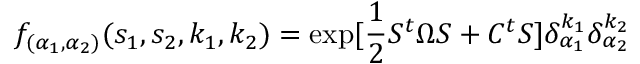
f _ { ( \alpha _ { 1 } , \alpha _ { 2 } ) } ( s _ { 1 } , s _ { 2 } , k _ { 1 } , k _ { 2 } ) = \exp [ \frac { 1 } { 2 } S ^ { t } \Omega S + C ^ { t } S ] \delta _ { \alpha _ { 1 } } ^ { k _ { 1 } } \delta _ { \alpha _ { 2 } } ^ { k _ { 2 } }